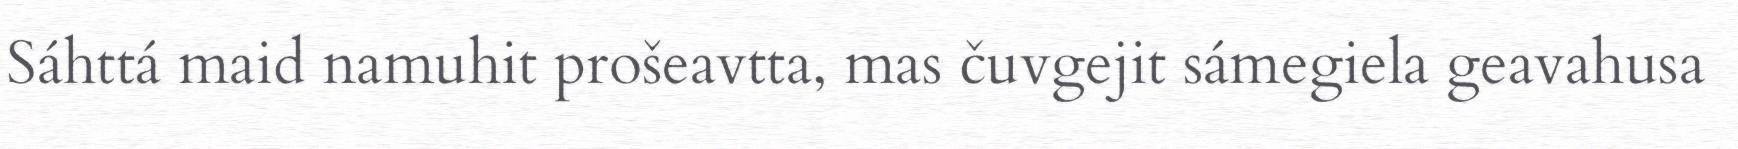
Sáhttá maid namuhit prošeavtta, mas čuvgejit sámegiela geavahusa